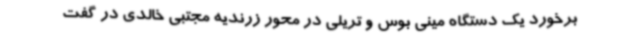
برخورد یک دستگاه مینی بوس و تریلی در محور زرندیه مجتبی خالدی در گفت